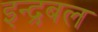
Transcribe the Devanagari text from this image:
इन्द्रबल